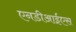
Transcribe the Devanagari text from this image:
एनडीआईएस